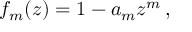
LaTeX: f _ { m } ( z ) = 1 - a _ { m } z ^ { m } \, ,